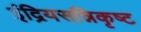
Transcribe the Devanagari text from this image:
इंद्रियसन्निकृष्ट